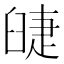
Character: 䑖